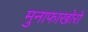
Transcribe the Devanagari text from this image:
मुनाफाखोरों